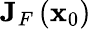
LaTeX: \mathbf{J}_{F}\left(\mathbf{x}_{0}\right)